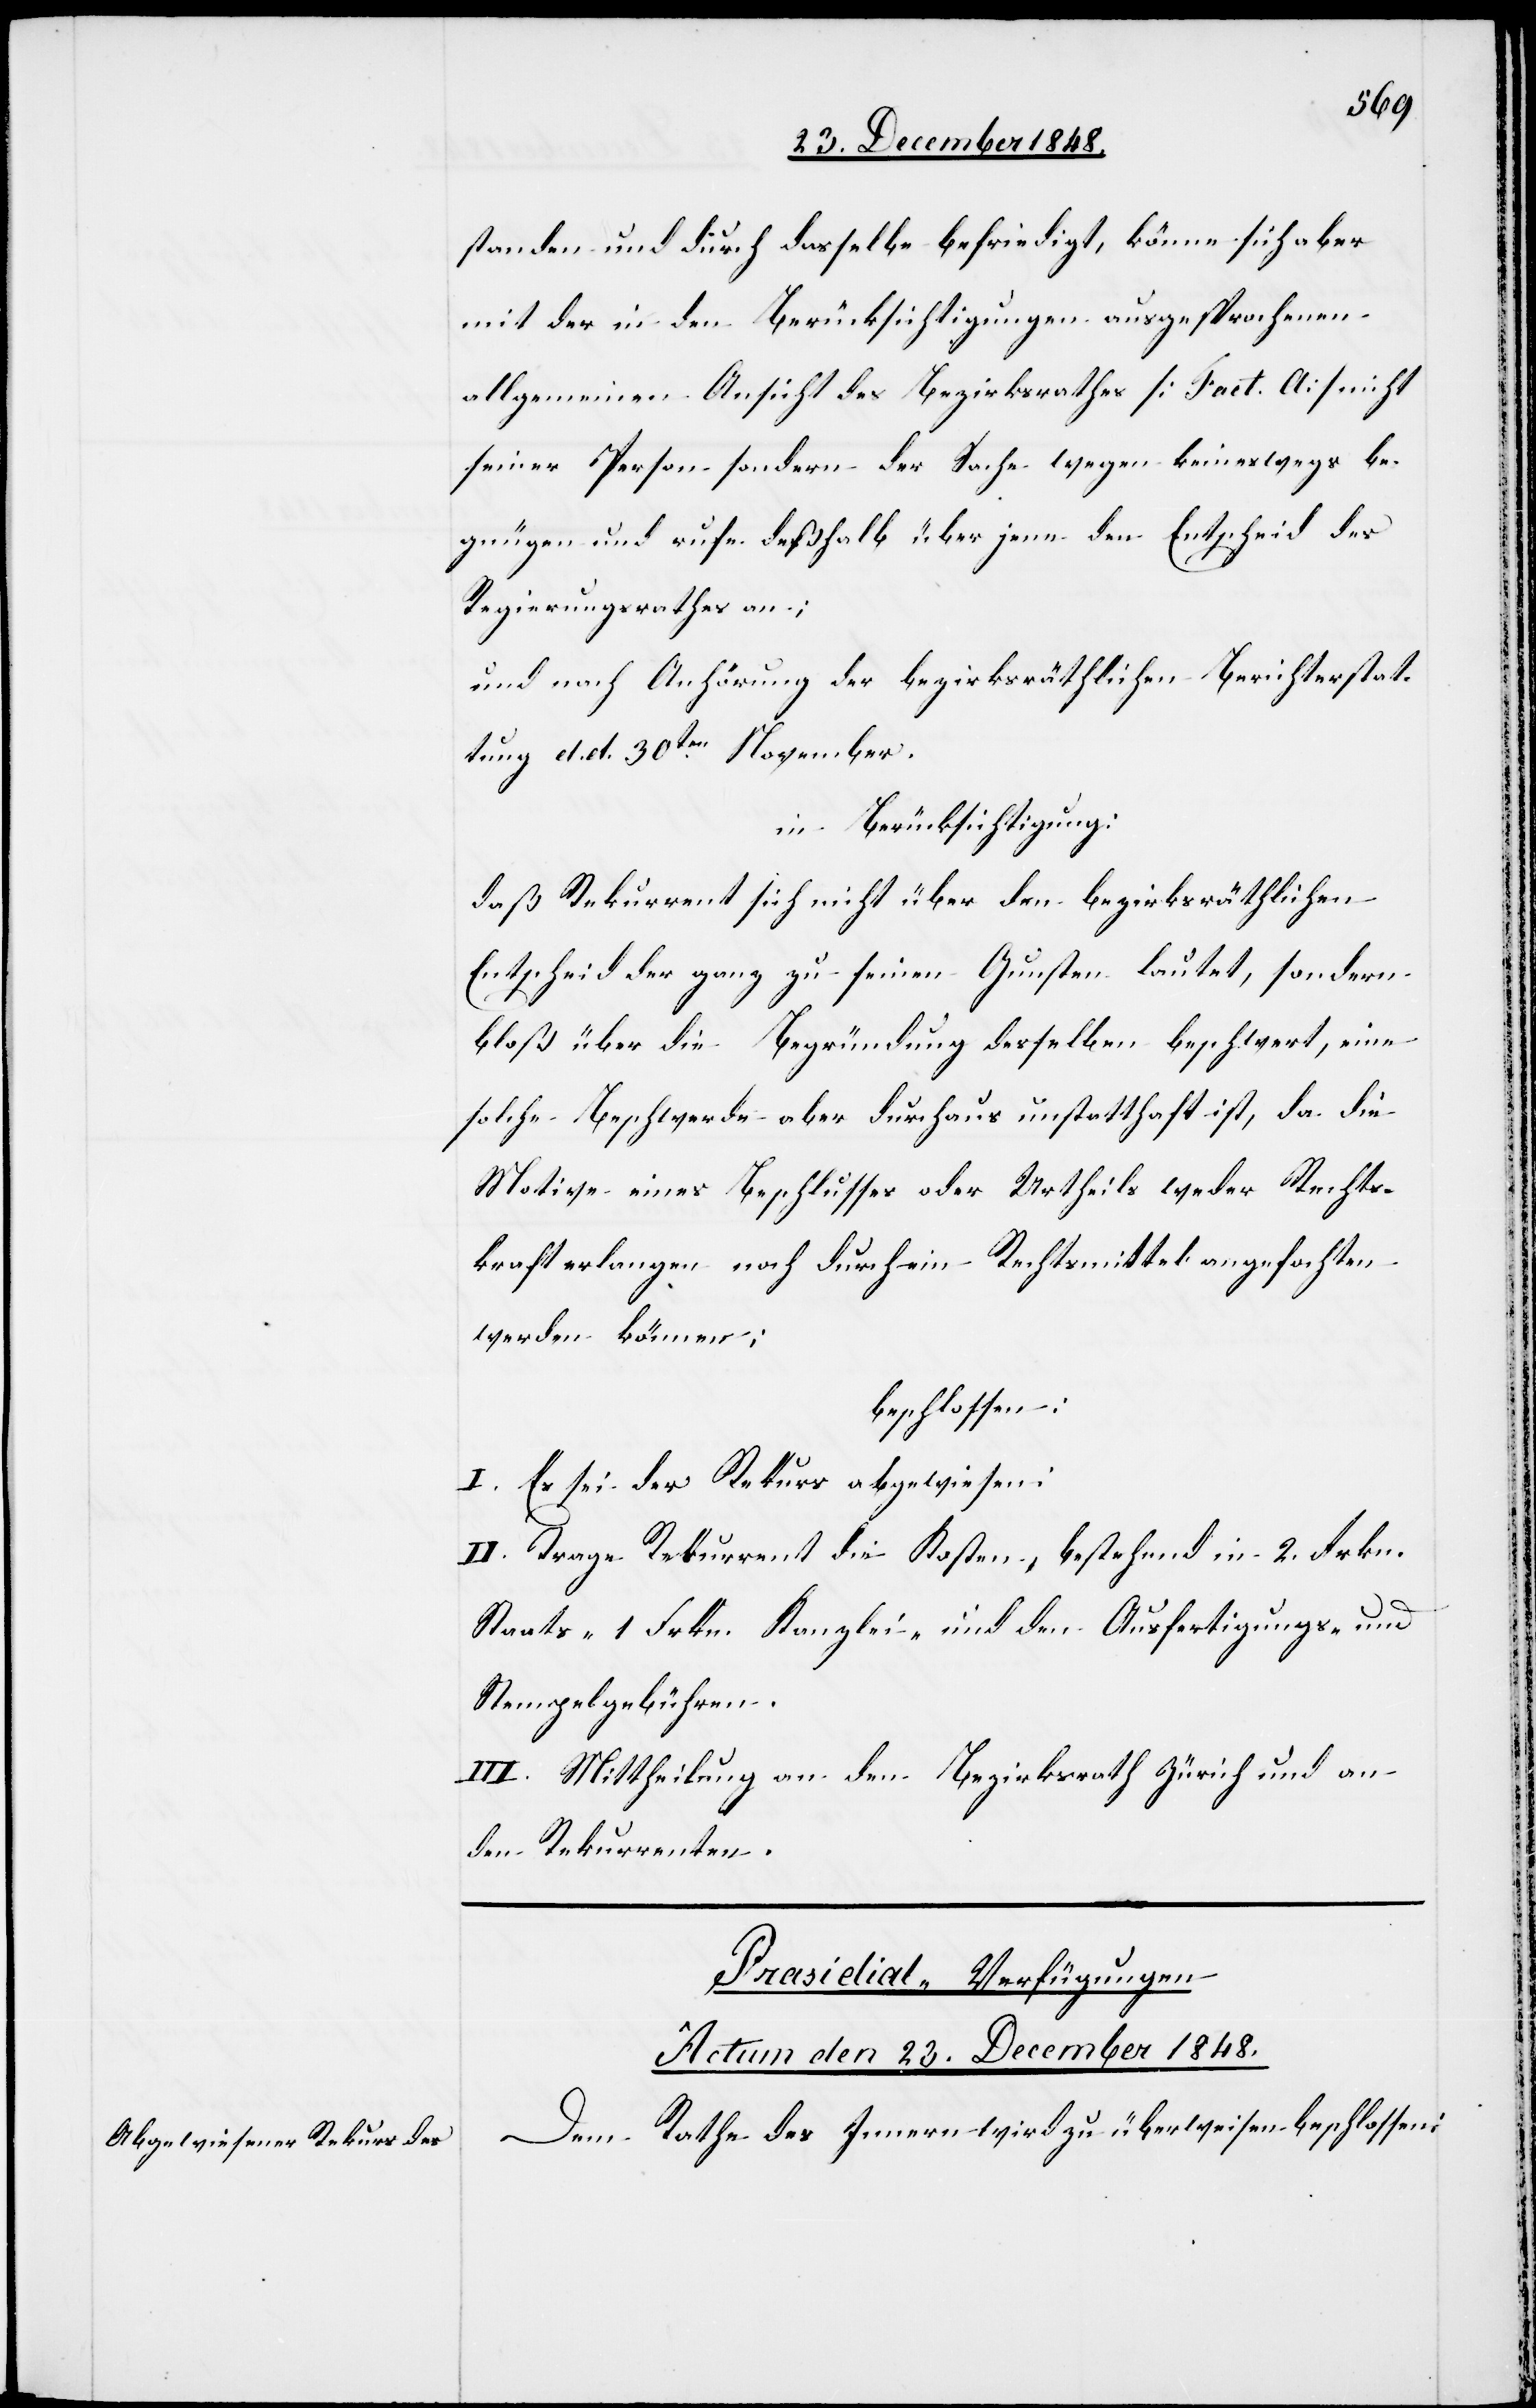
standen und durch dasselbe befriedigt, könne sich aber
mit der in den Berücksichtigungen ausgesprochenen
allgemeinen Ansicht des Bezirksrathes [Fact. A] nicht
seiner Person sondern der Sache wegen keineswegs be¬
gnügen und rufe deßhalb über jene den Entscheid des
Regierungsrathes an;
und nach Anhörung der bezirksräthlichen Berichterstat¬
tung d. d. 30ten November,
in Berücksichtigung:
daß Rekurrent sich nicht über den bezirksräthlichen
Entscheid der ganz zu seinen Gunsten lautet, sondern
bloß über die Begründung desselben beschwert, eine
solche Beschwerde aber durchaus unstatthaft ist, da die
Motive eines Beschlusses oder Urtheils weder Rechts¬
kraft erlangen noch durch ein Rechtsmittel angefochten
werden könne;
beschlossen:
I. Es sei der Rekurs abgewiesen.
II. Trage Rekurrent die Kosten, bestehend in 2. Frkn.
Staats-[,] 1 Frkn. Kanzlei- und den Ausfertigungs- und
Stempelgebühren.
III. Mittheilung an den Bezirksrath Zürich und an
den Rekurrenten.
Prasidial-Verfügungen
Actum den 23. December 1848.
Dem Rathes des Innern wird zu überweisen beschlossen: